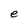
Character: e